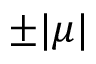
\pm | \mu |